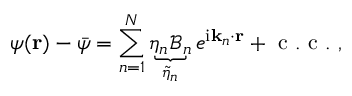
\psi ( \mathbf { r } ) - \bar { \psi } = \sum _ { n = 1 } ^ { N } \underbrace { \eta _ { n } \mathcal { B } _ { n } } _ { \widetilde { \eta } _ { n } } e ^ { \mathrm { i } \mathbf { k } _ { n } \cdot \mathbf { r } } + \mathrm { ~ c ~ . ~ c ~ . ~ } ,